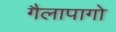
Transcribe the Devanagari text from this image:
गैलापागो